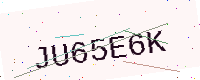
Text: JU65E6K